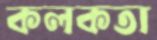
কলকতা